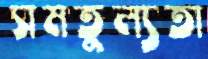
সমতুল্যতা